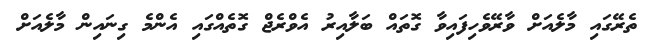
ތެރޭގައި މާލެއަށް ވާރޭވެހިފައިވާ ގޮތައް ބަލާއިރު އެވްރެޖް ގޮތެއްގައި އެންމެ ގިނައިން މާލެއަށް